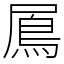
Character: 䲩